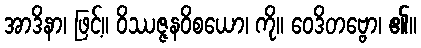
အာဒိနာ၊ ဖြင့်။ ဝိဿဇ္ဇနဝိစယော၊ ကို။ ဝေဒိတဗ္ဗော၊ ၏။